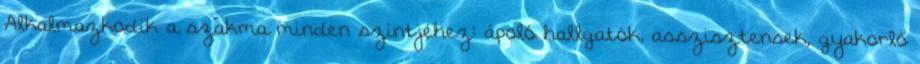
Alkalmazkodik a szakma minden szintjéhez: ápoló hallgatók, asszisztensek, gyakorló